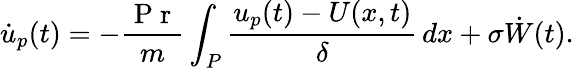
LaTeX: \dot{u}_{p}(t)=-\frac{\mathrm{~P~r~}}{m}\int_{P}\frac{u_{p}(t)-U(x,t)}{\delta}\, dx+\sigma\dot{W}(t).